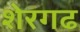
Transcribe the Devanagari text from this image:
शेरगढ